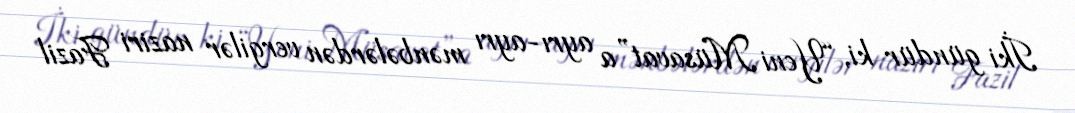
İki gündür ki, “Yeni Müsavat”a ayrı-ayrı mənbələrdən vergilər naziri Fazil